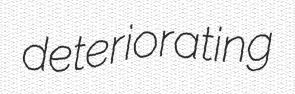
deteriorating